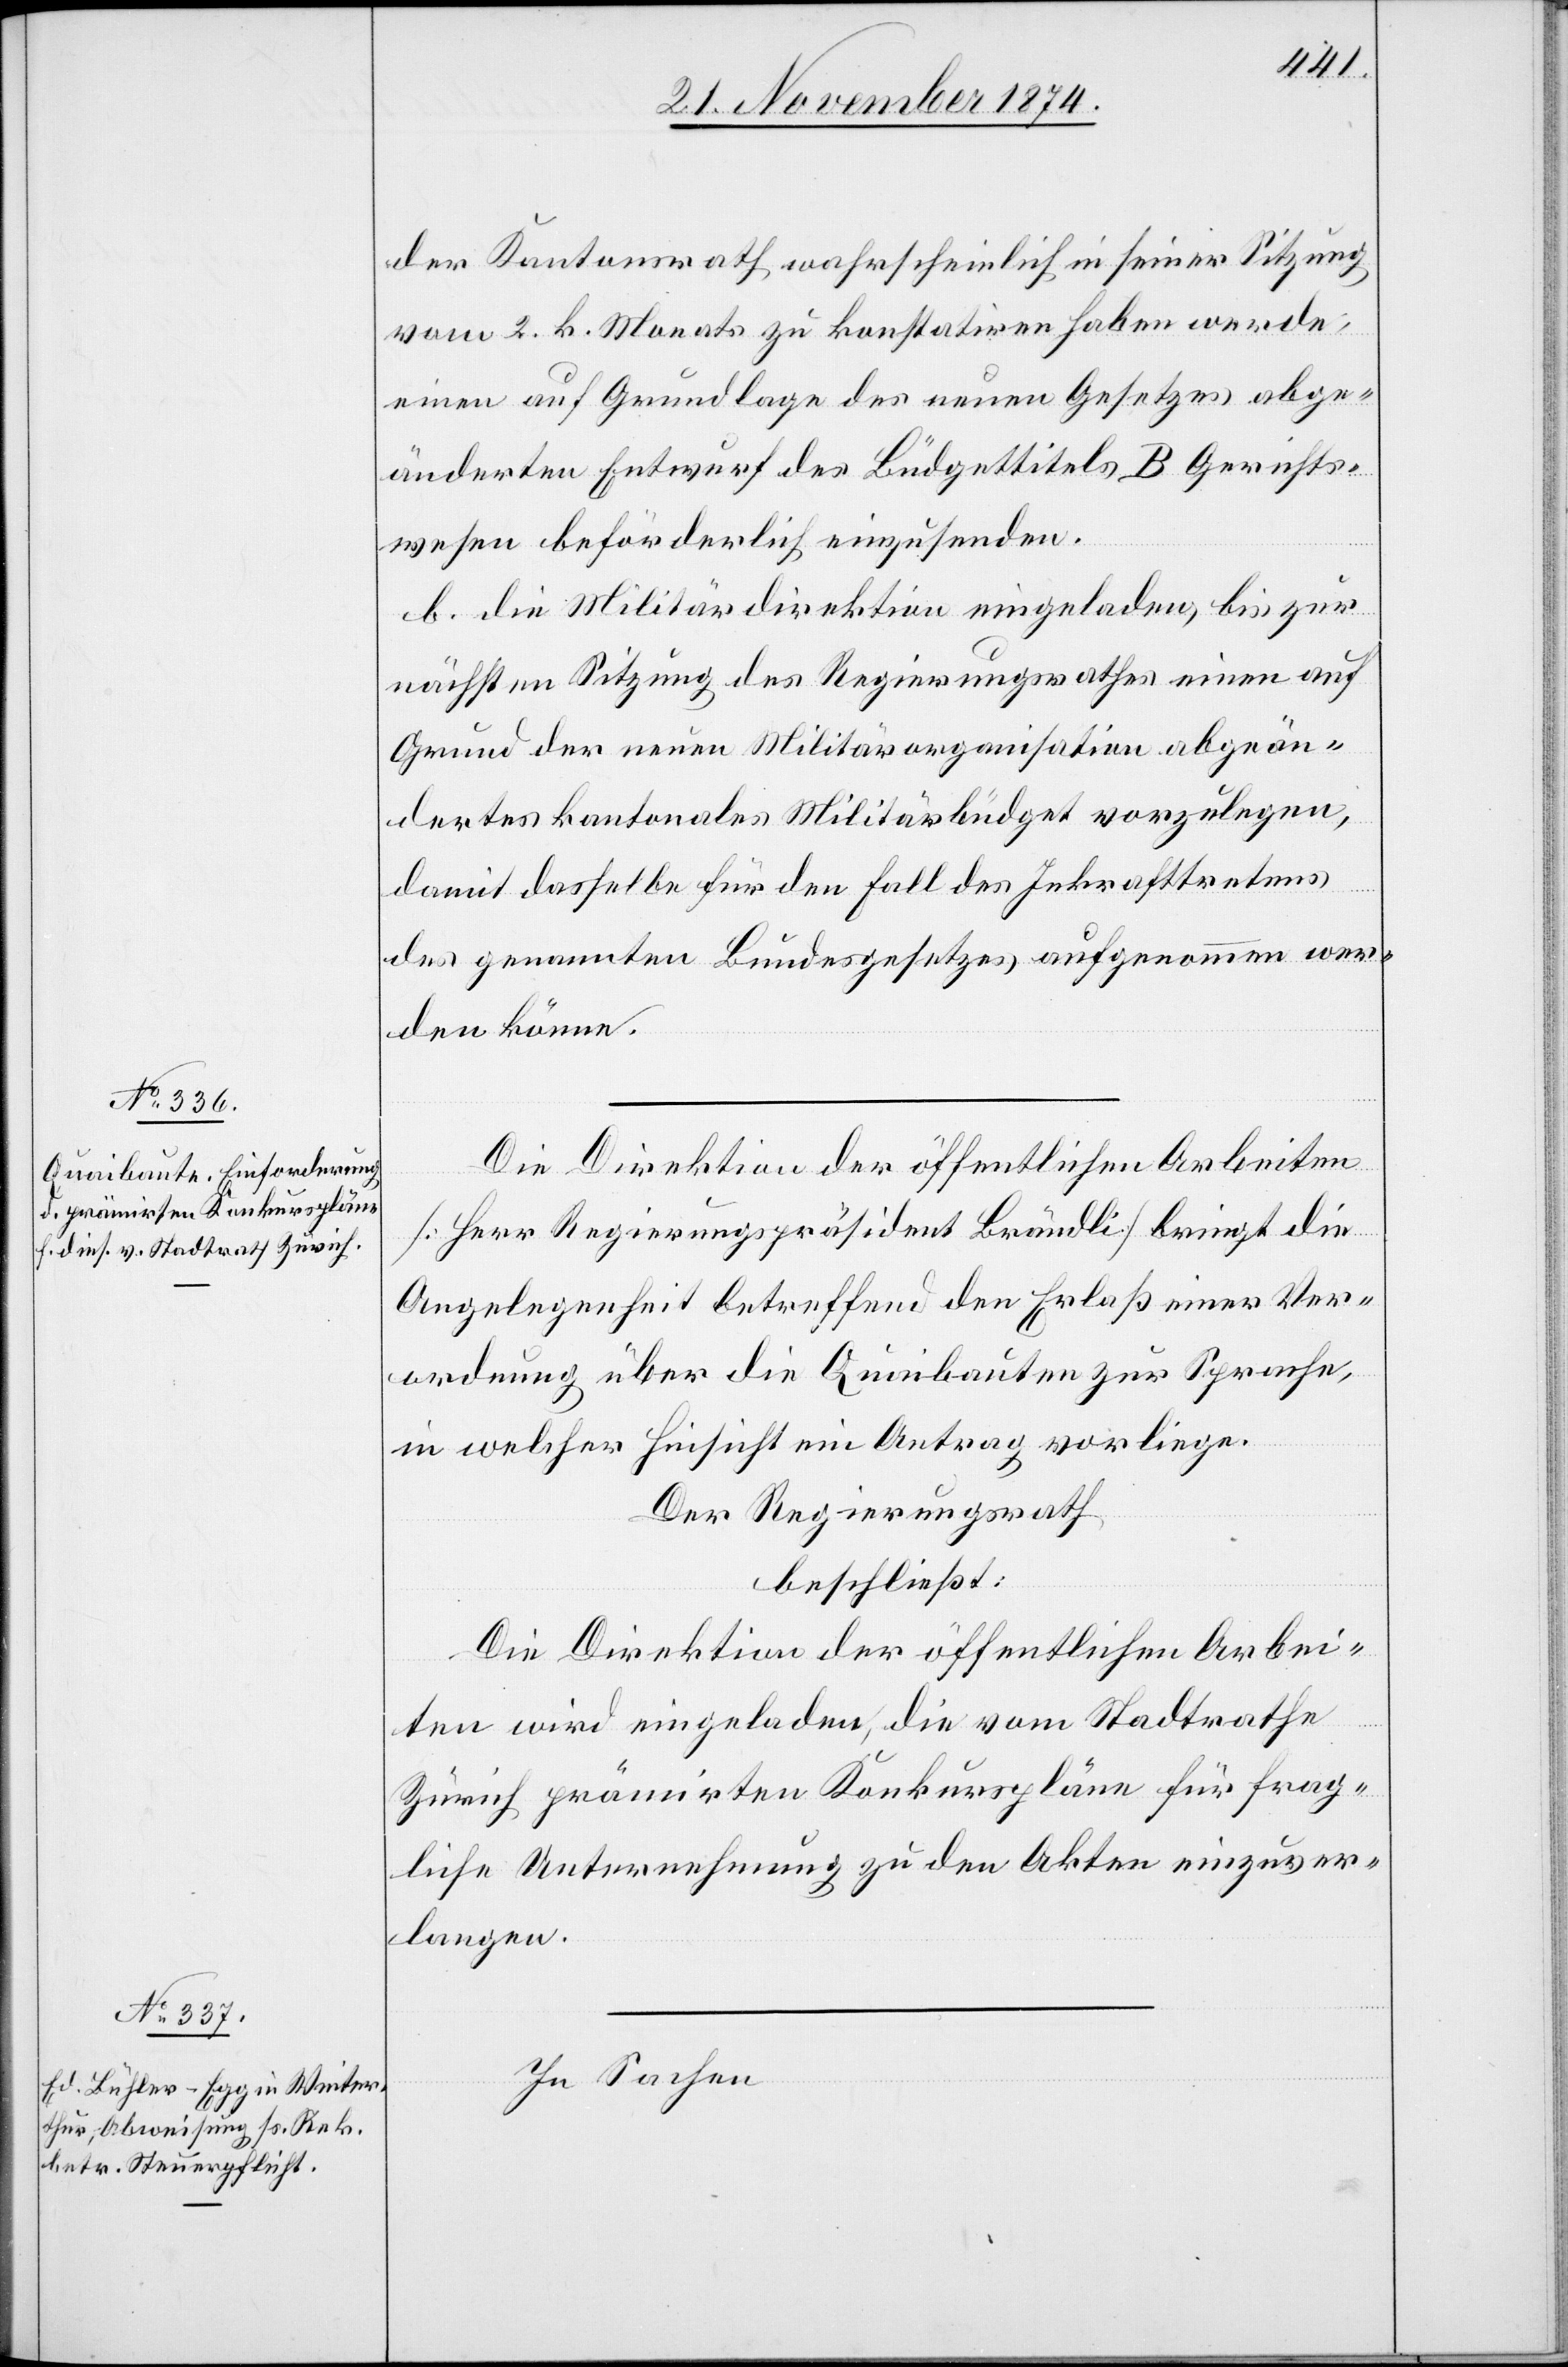
der Kantonsrath wahrscheinlich in seiner Sitzung
vom 2. k. Monats zu konstatiren haben werde,
einen auf Grundlage des neuen Gesetzes abge¬
änderten Entwurf des Büdgettitels B Gerichts¬
wesen beförderlich einzusenden.
b. die Militärdirektion eingeladen, bis zur
nächsten Sitzung des Regierungsrathes einen auf
Grund der neuen Militärorganisation abgeän¬
dertes kantonales Militärbüdget vorzulegen,
damit dasselbe für den Fall des Inkrafttretens
des genannten Bundesgesetzes aufgenommen wer¬
den könne.
Die Direktion der öffentlichen Arbeiten
[Herr Regierungspräsident Brändli] bringt die
Angelegenheit betreffend den Erlaß einer Ver¬
ordnung über die Quaibauten zur Sprache,
in welcher Hinsicht ein Antrag vorliege.
Der Regierungsrath
beschließt:
Die Direktion der öffentlichen Arbei¬
ten wird eingeladen, die vom Stadtrathe
Zürich prämirten Konkurspläne für frag¬
liche Unternehmung zu den Akten einzuver¬
langen.
In Sachen